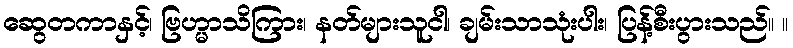
ဆွေတကာနှင့်၊ ဗြဟ္မာသိကြား၊ နတ်များသူငါ၊ ချမ်းသာသုံးပါး၊ ပြန့်စီးပွားသည်။ ။